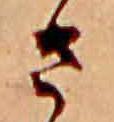
さ